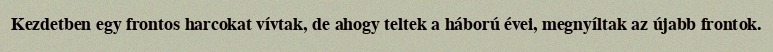
Kezdetben egy frontos harcokat vívtak, de ahogy teltek a háború évei, megnyíltak az újabb frontok.